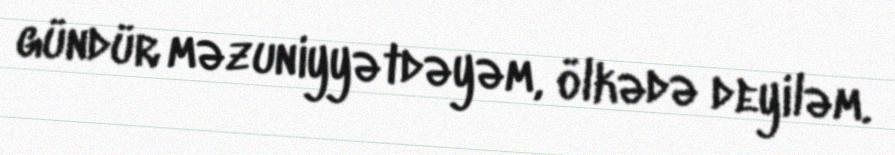
gündür məzuniyyətdəyəm, ölkədə deyiləm.